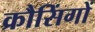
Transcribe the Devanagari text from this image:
क्रौसिंगों